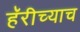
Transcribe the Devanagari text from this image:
हॅरीच्याच